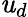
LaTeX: \mathit{u}_{d}